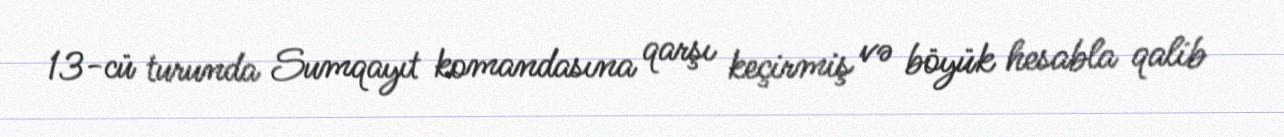
13-cü turunda Sumqayıt komandasına qarşı keçirmiş və böyük hesabla qalib